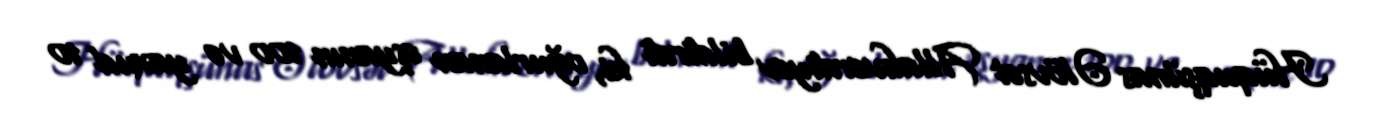
Hüquqşünas Əlövsət Allahverdiyev bildirdi ki, oğurlanan əşyanın 100 və yaxud 10